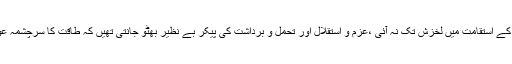
مگر ان کے استقامت میں لخزش تک نہ آئی ،عزم و استقلال اور تحمل و برداشت کی پیکر بے نظیر بھٹو جانتی تھیں کہ طاقت کا سرچشمہ عوام ہیں ۔